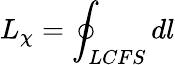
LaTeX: L_{\chi}=\oint_{LCFS}dl